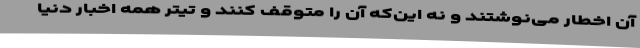
آن اخطار می‌نوشتند و نه این‌که آن را متوقف کنند و تیتر همه اخبار دنیا